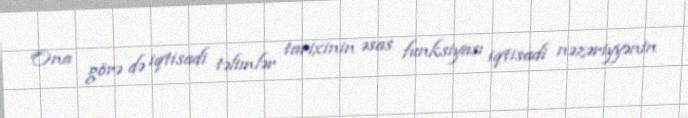
Ona görə də iqtisadi təlimlər tarixinin əsas funksiyası iqtisadi nəzəriyyənin